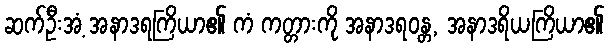
ဆက်ဦးအံ့ အနာဒရကြိယာ၏ ကံ ကတ္တားကို အနာဒရဝန္တ, အနာဒရိယကြိယာ၏